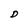
Character: D